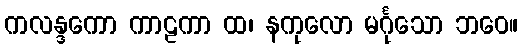
ကလန္ဒကော ကာဠကာ ထ၊ နကုလော မင်္ဂုသော ဘဝေ။